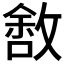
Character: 𰕑